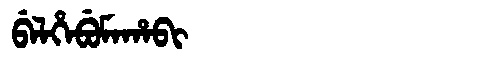
Manchu: ᠪᡝᠯᡥᡝᠪᡠᠮᠠᡥᠠᠪᡳ
Romanization: BELHEBUMAHABI